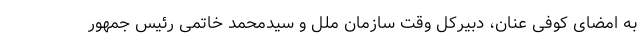
به امضاى کوفى عنان، دبیرکل وقت سازمان ملل و سیدمحمد خاتمى رئیس جمهور